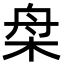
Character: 㭧